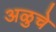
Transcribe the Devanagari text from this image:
अळुचे